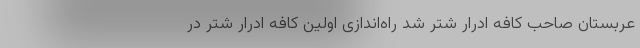
عربستان صاحب کافه ادرار شتر شد راه‌اندازی اولین کافه ادرار شتر در